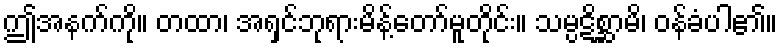
ဤအနက်ကို။ တထာ၊ အရှင်ဘုရားမိန့်တော်မူတိုင်း။ သမ္ပဋိစ္ဆာမိ၊ ဝန်ခံပါ၏။